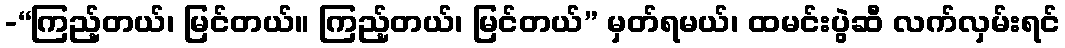
-“ကြည့်တယ်၊ မြင်တယ်။ ကြည့်တယ်၊ မြင်တယ်” မှတ်ရမယ်၊ ထမင်းပွဲဆီ လက်လှမ်းရင်